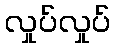
လှုပ်လှုပ်